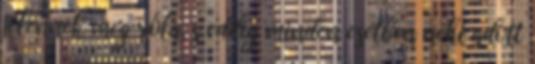
jelennek meg róla, s eddig minden esetben neki adott